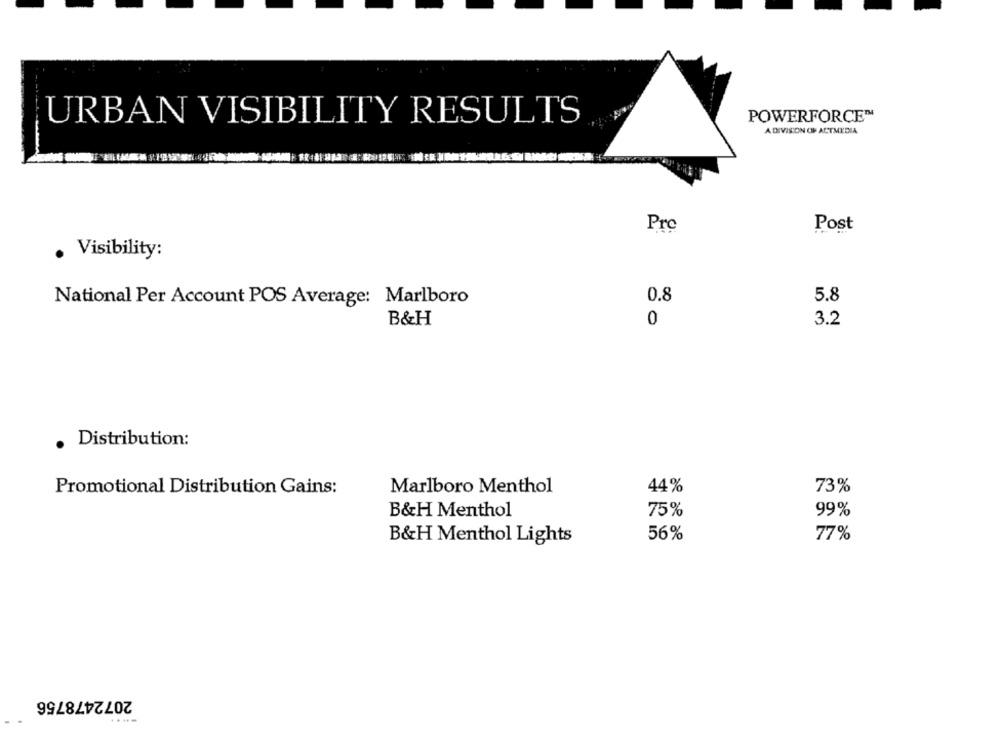
POWERFORCE™
URBAN VISIBILITY RESULTS
A DIVISION OF ACTMEDIA
Pro
Post
· Visibility:
National Per Account POS Average: Marlboro
0.8
5.8
B&H
3.2
. Distribution:
Promotional Distribution Gains:
Marlboro Menthol
44%
73%
B&H Menthol
75%
99%
B&H Menthol Lights
56%
77%
2072478756